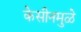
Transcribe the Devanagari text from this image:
केसीनमुळे